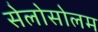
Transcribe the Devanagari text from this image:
सेलोसोलम